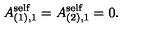
A _ { ( 1 ) , 1 } ^ { \mathrm { s e l f } } = A _ { ( 2 ) , 1 } ^ { \mathrm { s e l f } } = 0 .